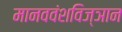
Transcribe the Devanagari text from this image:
मानववंशविज्ञान